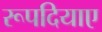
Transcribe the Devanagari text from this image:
रूपदियाए